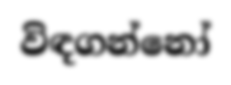
විඳගන්නෝ